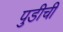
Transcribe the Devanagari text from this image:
पुडीची